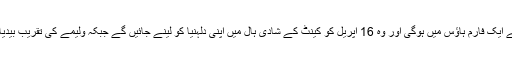
عمر اکمل کی رسم حنا 15 اپریل کو لاہور کے ایک فارم ہاؤس میں ہوگی اور وہ 16 اپریل کو کینٹ کے شادی ہال میں اپنی دلہنیا کو لینے جائیں گے جبکہ ولیمے کی تقریب بیدیاں روڈ پر واقع ایک فارم ہاؤس میں سجے گی۔